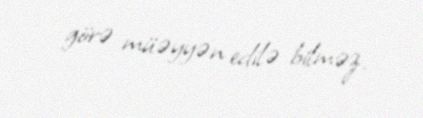
görə müəyyən edilə bilməz.